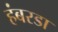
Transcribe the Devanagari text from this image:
हंबरडा